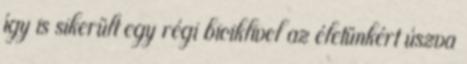
így is sikerült egy régi biciklivel az életünkért úszva